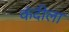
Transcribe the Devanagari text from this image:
कंदीला